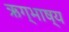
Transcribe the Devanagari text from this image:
ऋग्भाष्य